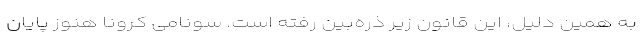
به همین دلیل، این قانون زیر ذره‌بین رفته است. سونامی کرونا هنوز پایان